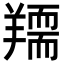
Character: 𦏌